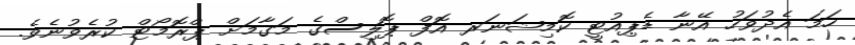
ހަމަ އެދުވަހު އޭނާ ޑެޕިއުޓީ ކޮމިޝަނަރ އޮފް ޕޮލިސްގެ މަގާމަށް ޕްރޮމޯޓް ކުރެވުނެވެ.